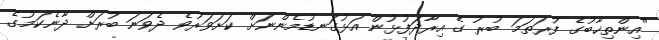
"އިންތިޚާބުގެ ފުރަތަމަ ބުރު ގެ އިރާދަފުޅުން އަޅުގަނޑުމެންނަށް ކަށަވަރުވެ ދެވަނަ ބުރަށް ދާނެކަމުގެ